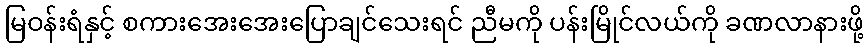
မြဝန်းရံနှင့် စကားအေးအေးပြောချင်သေးရင် ညီမကို ပန်းမြိုင်လယ်ကို ခဏလာနားဖို့